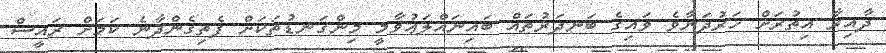
ދާއިރާ އިތުރަށް ހަރުދަނާވެ ވައިގެ ބަނދަރުތައް ބައިނައްލަޢުވާމީ މިންގަނޑުތަކަށް ފެތިގެންދާނެ ކަމަށް ރައީސް